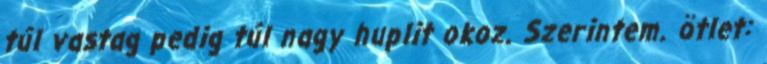
túl vastag pedig túl nagy huplit okoz. Szerintem. ötlet: